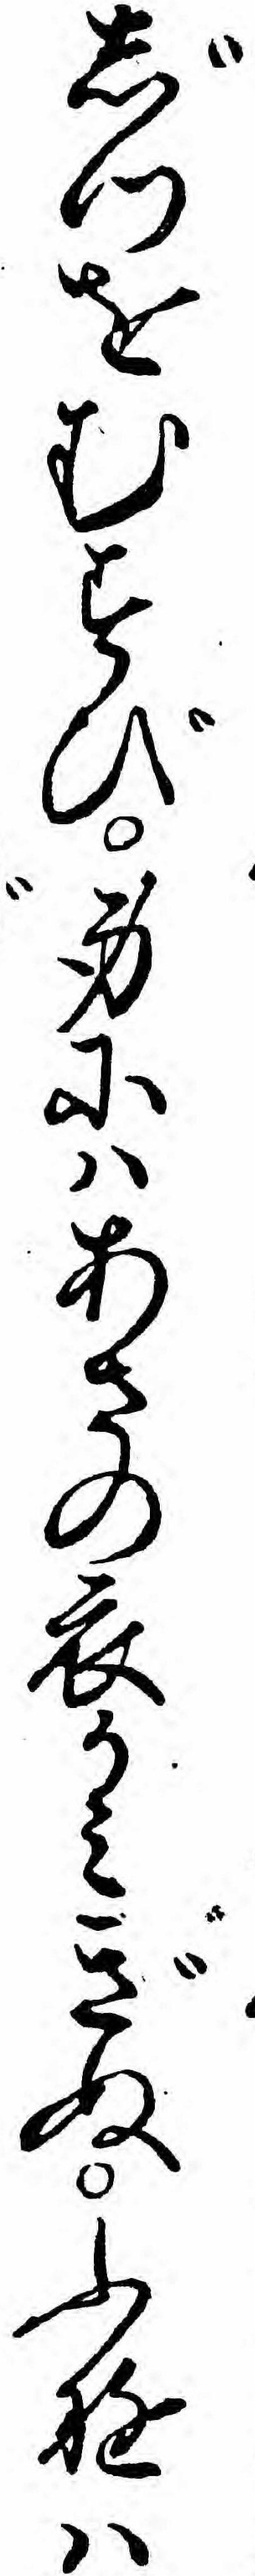
じつをむすび身にハあさの衣かミぎぬふゆハ